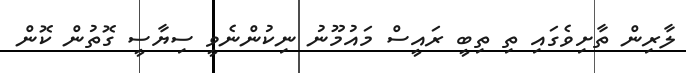
ލާރިން ތާށިވެގައި ތި ތިބީ ރައީސް މައުމޫނު ނިކުންނެވީ ސިޔާސީ ގޮތުން ކޮން